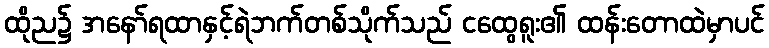
ထိုည၌ အနော်ရထာနှင့်ရဲဘက်တစ်သိုက်သည် ငထွေရူး၏ ထန်းတောထဲမှာပင်